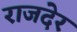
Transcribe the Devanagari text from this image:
राजदेर